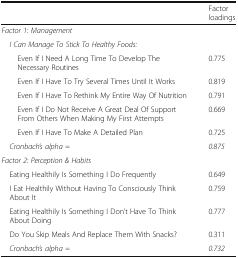
|  | Factor loadings |
 | --- | --- |
 | Factor 1: Management |  |
 | <COLSPAN=2> I Can Manage To Stick To Healthy Foods: |
 | Even If I Need A Long Time To Develop The Necessary Routines | 0.775 |
 | Even If I Have To Try Several Times Until It Works | 0.819 |
 | Even If I Have To Rethink My Entire Way Of Nutrition | 0.791 |
 | Even If I Do Not Receive A Great Deal Of Support From Others When Making My First Attempts | 0.669 |
 | Even If I Have To Make A Detailed Plan | 0.725 |
 | Cronbach’s alpha = | 0.875 |
 | <COLSPAN=2> Factor 2: Perception & Habits |
 | Eating Healthily Is Something I Do Frequently | 0.649 |
 | I Eat Healthily Without Having To Consciously Think About It | 0.759 |
 | Eating Healthily Is Something I Don’t Have To Think About Doing | 0.777 |
 | Do You Skip Meals And Replace Them With Snacks? | 0.311 |
 | Cronbach’s alpha = | 0.732 |